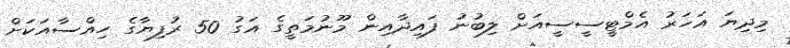
މިދިޔަ އަހަރު އެމްޓީސީސީއަށް ލިބުނު ފައިދާއިން މޫނުމަތީގެ އަގު 50 ރުފިޔާގެ ހިއްސާއަކަށް